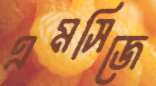
এমসিজে